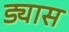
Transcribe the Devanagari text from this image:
ड्यास